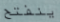
ينفتح